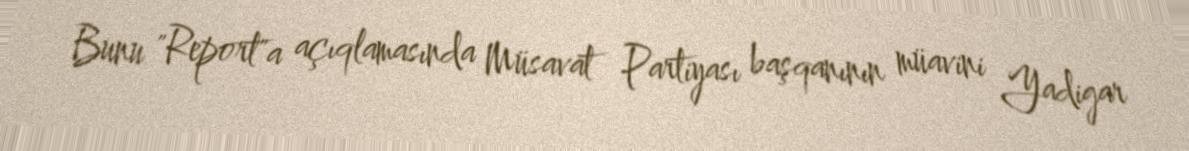
Bunu "Report"a açıqlamasında Müsavat Partiyası başqanının müavini Yadigar